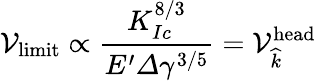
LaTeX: \mathcal{V}_{\textrm{{limit}}}\propto\frac{{K_{Ic}^{8/3}}}{{E^{\prime}\varDelta\gamma^{3/5}}}=\mathcal{V}_{\widehat{{k}}}^{\textrm{{head}}}